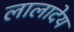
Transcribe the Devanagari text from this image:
लालादेय